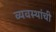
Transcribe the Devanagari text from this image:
व्यवस्थांची